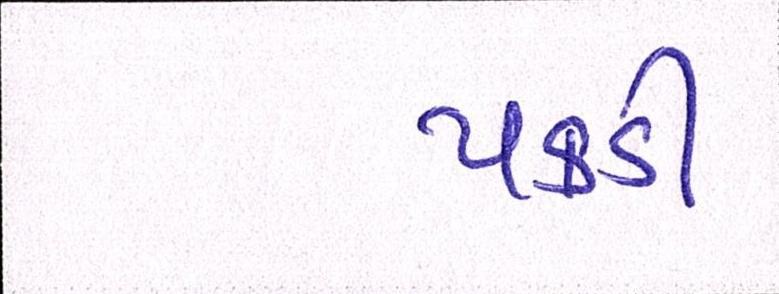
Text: પકડી